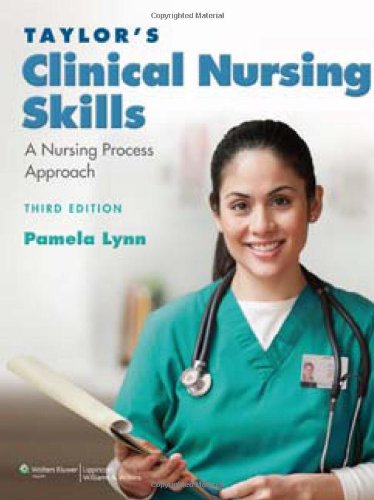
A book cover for Taylor's Clinical Nursing Skills: A Nursing Process Approach; Pamela Lynn MSN  RN; Medical Books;